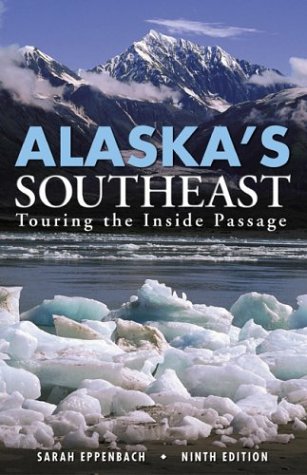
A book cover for Alaska's Southeast, 9th: Touring the Inside Passage; Sarah Eppenbach; Travel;